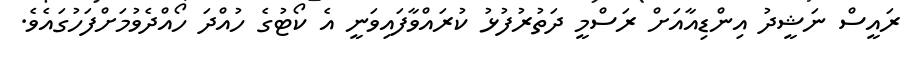
ރައީސް ނަޝީދު އިންޑިއާއަށް ރަސްމީ ދަތުރުފުޅު ކުރައްވާފައިވަނީ އެ ކޯޓުގެ ހުއްދަ ހޯއްދެވުމަށްފަހުގައެވެ.